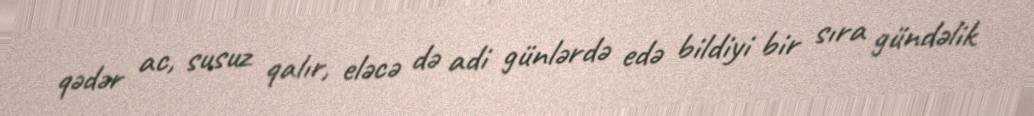
qədər ac, susuz qalır, eləcə də adi günlərdə edə bildiyi bir sıra gündəlik